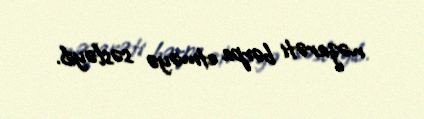
nəzarəti bərpa etməyə səsləyib.